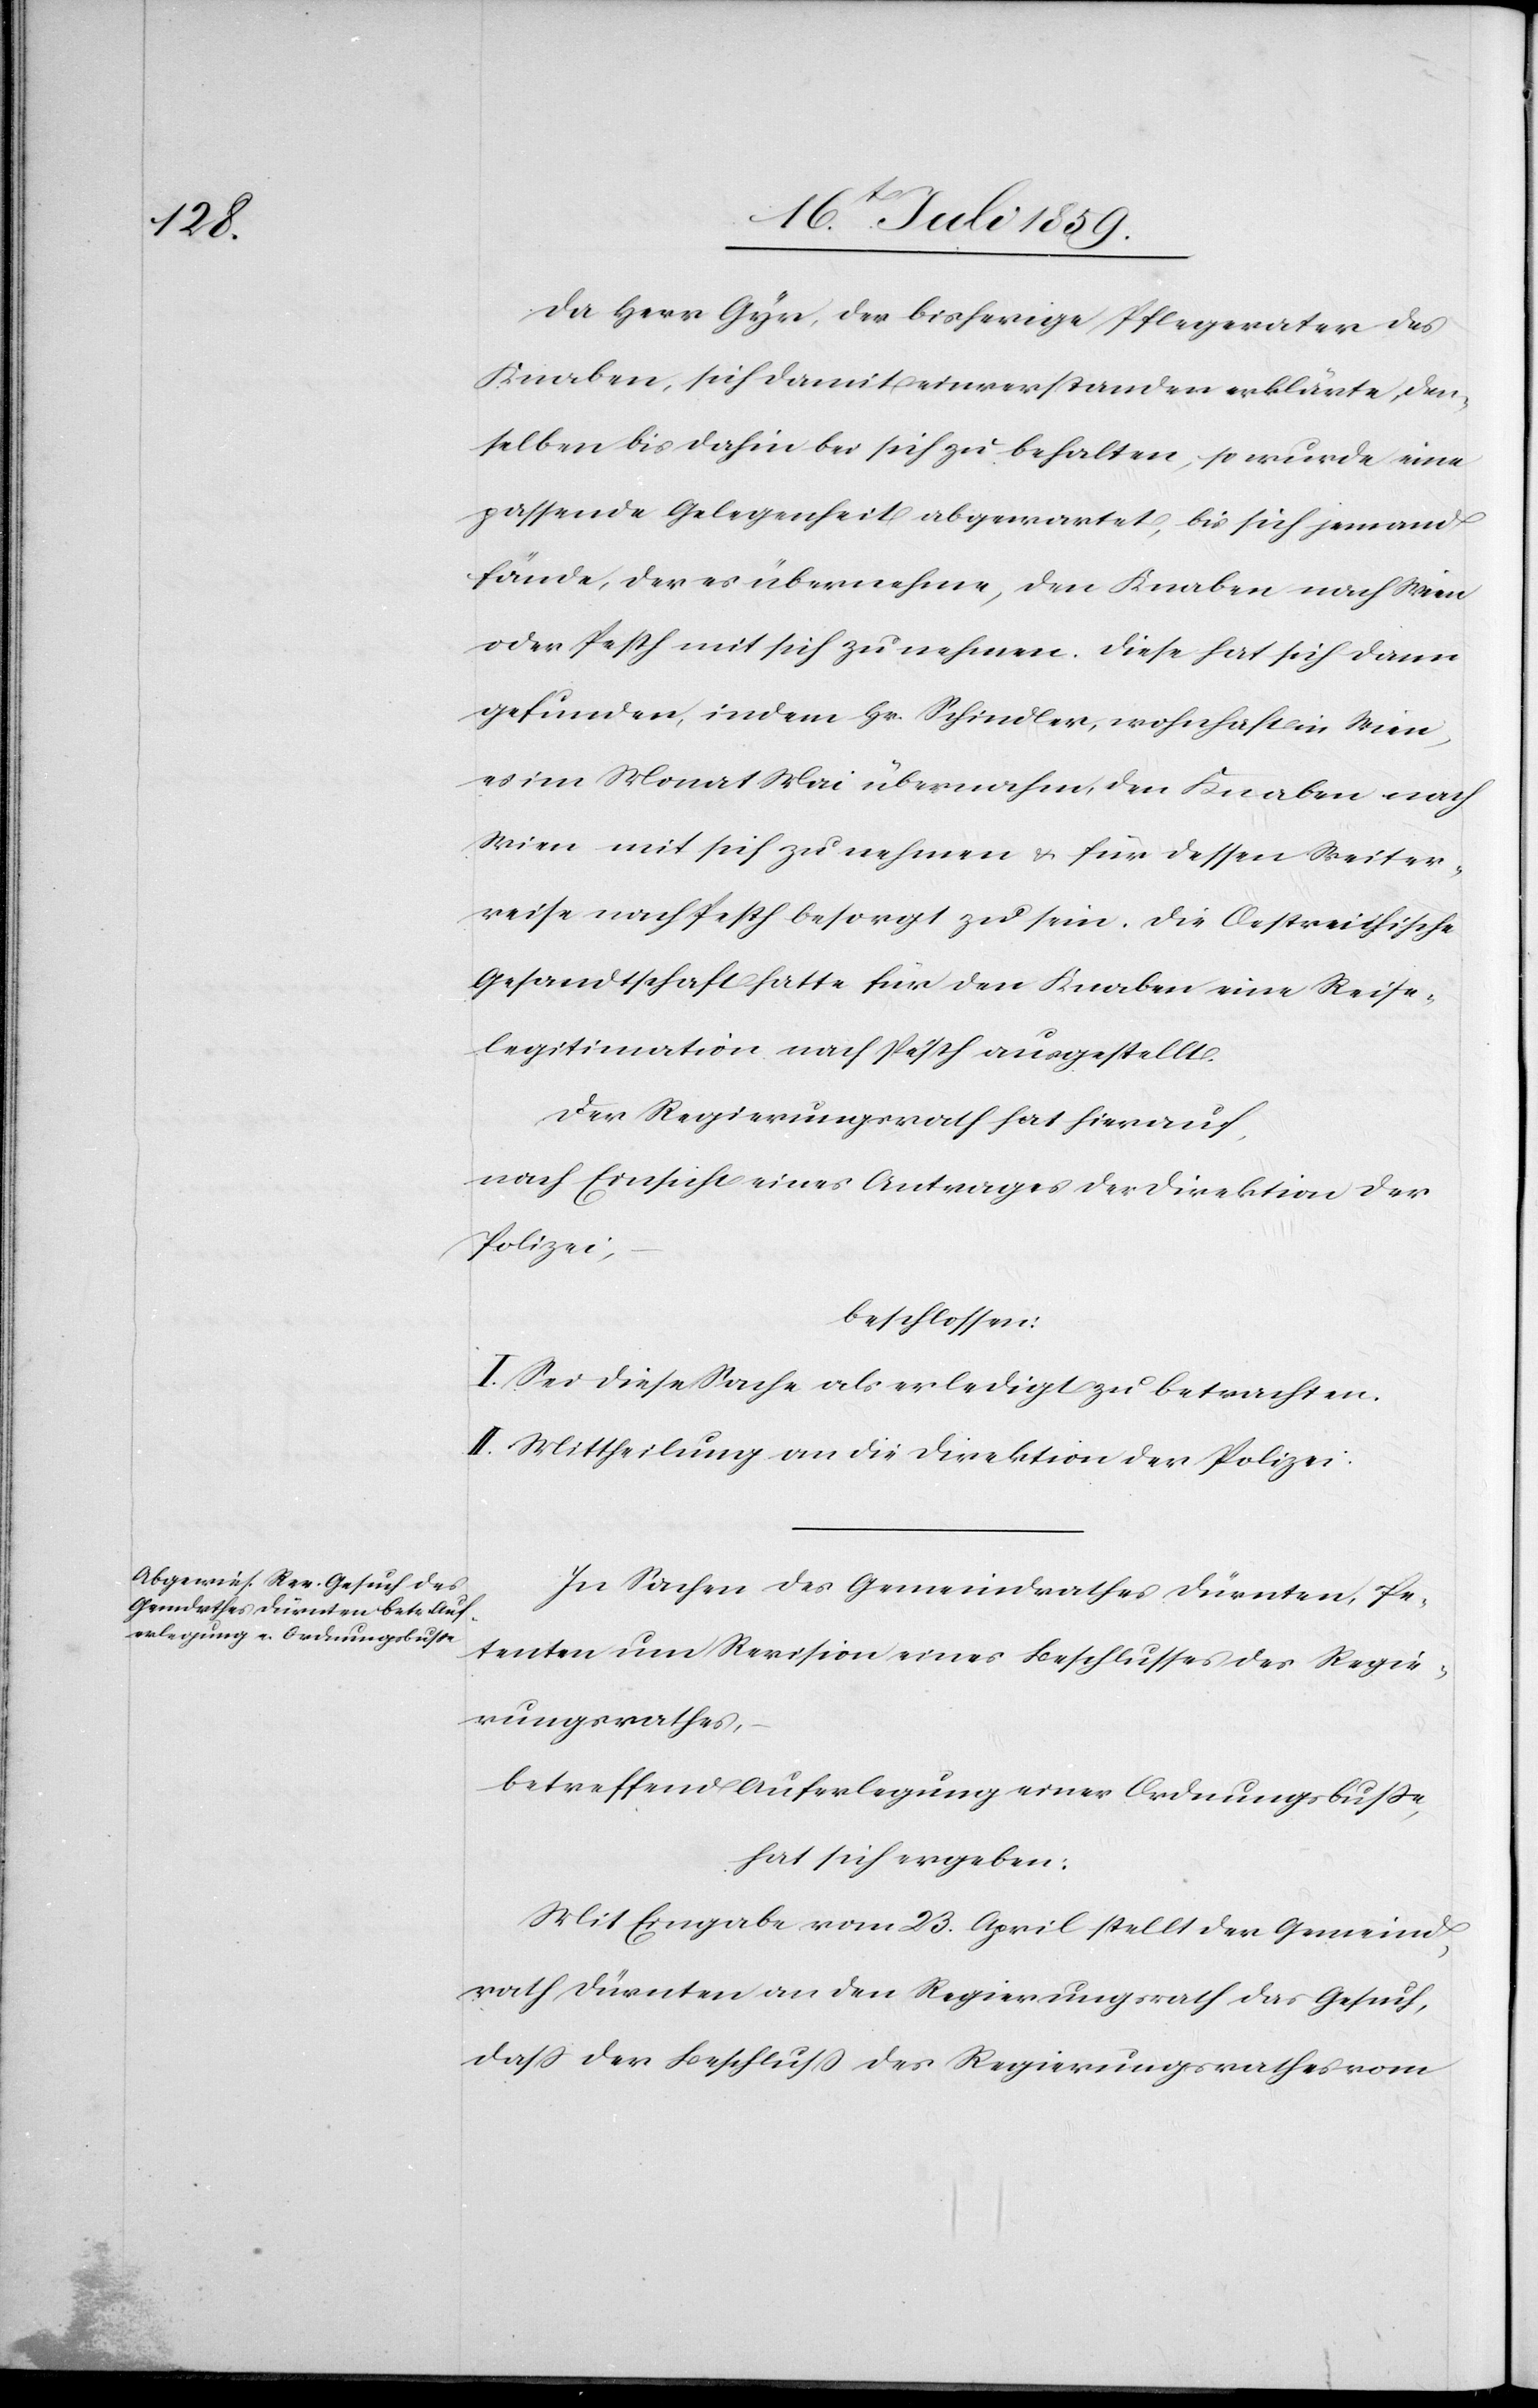
Da Herr Gyr, der bisherige Pflegevater des
Knaben, sich damit einverstanden erklärte, den¬
selben bis dahin bei sich zu behalten, so wurde eine
passende Gelegenheit abgewartet, bis sich jemand
fände, der es übernehme, den Knaben nach Wien
oder Pesth mit sich zu nehmen. Diese hat sich dann
gefunden, indem Hr. Schindler, wohnhaft in Wien,
es im Monat Mai übernahm, den Knaben nach
Wien mit sich zu nehmen u. für dessen Weiter¬
reise nach Pesth besorgt zu sein. Die Oestreichische
Gesandtschaft hatte für den Knaben eine Reise¬
legitimation nach Pesth ausgestellt.
Der Regierungsrath hat hierauf,
nach Einsicht eines Antrages der Direktion der
Polizei,
beschlossen:
I. Sei diese Sache als erledigt zu betrachten.
II. Mittheilung an die Direktion der Polizei.
In Sachen des Gemeindrathes Dürnten, Pe¬
tenten um Revision eines Beschlusses des Regie¬
rungsrathes,
betreffend Auferlegung einer Ordnungsbuße,
hat sich ergeben:
Mit Eingabe vom 23. April stellt der Gemeind¬
rath Dürnten an den Regierungsrath das Gesuch,
daß der Beschluß des Regierungsrathes vom